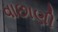
વાછાણી